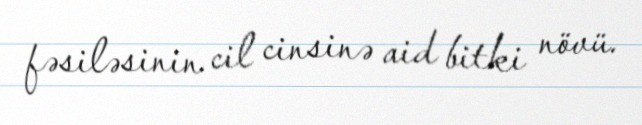
fəsiləsinin cil cinsinə aid bitki növü.